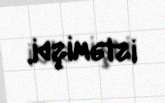
istəmişdi.